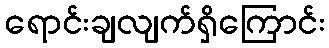
ရောင်းချလျက်ရှိကြောင်း